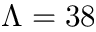
\Lambda = 3 8